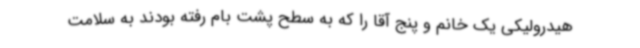
هیدرولیکی یک خانم و پنج آقا را که به سطح پشت بام رفته بودند به سلامت